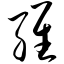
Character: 维